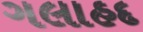
ગલાહદ